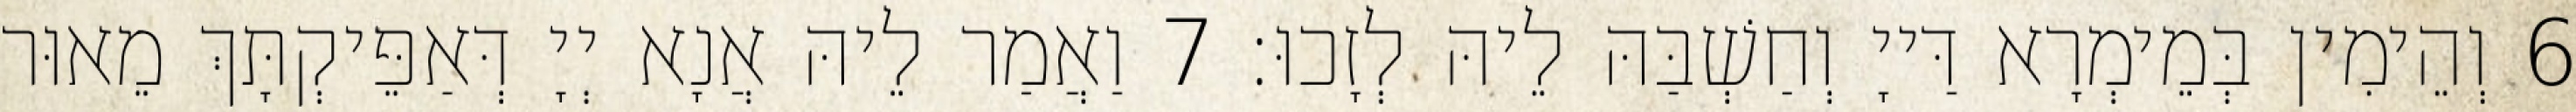
6 וְהֵימִין בְּמֵימְרָא דַּייָ וְחַשְׁבַּהּ לֵיהּ לְזָכוּ׃ 7 וַאֲמַר לֵיהּ אֲנָא יְיָ דְּאַפֵּיקְתָּךְ מֵאוּר